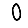
Digit: 0